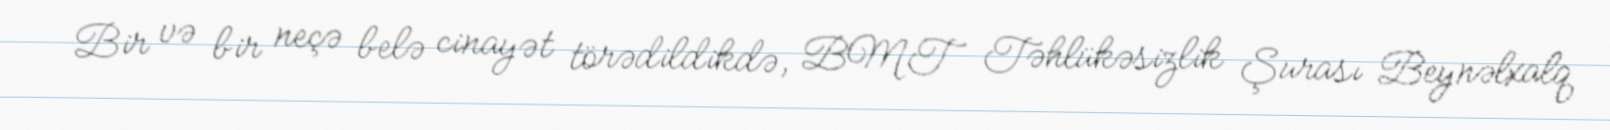
Bir və bir neçə belə cinayət törədildikdə, BMT Təhlükəsizlik Şurası Beynəlxalq